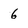
Character: 6